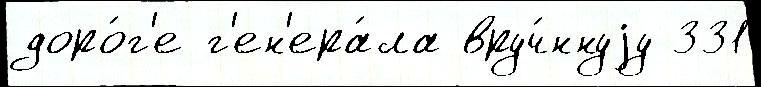
доро́г'е г'ен'ера́ла вруч́ннуjу 331